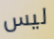
ليس